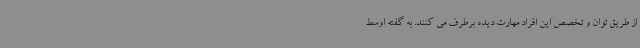
از طریق توان و تخصص این افراد مهارت دیده برطرف می کنند. به گفته اوسط